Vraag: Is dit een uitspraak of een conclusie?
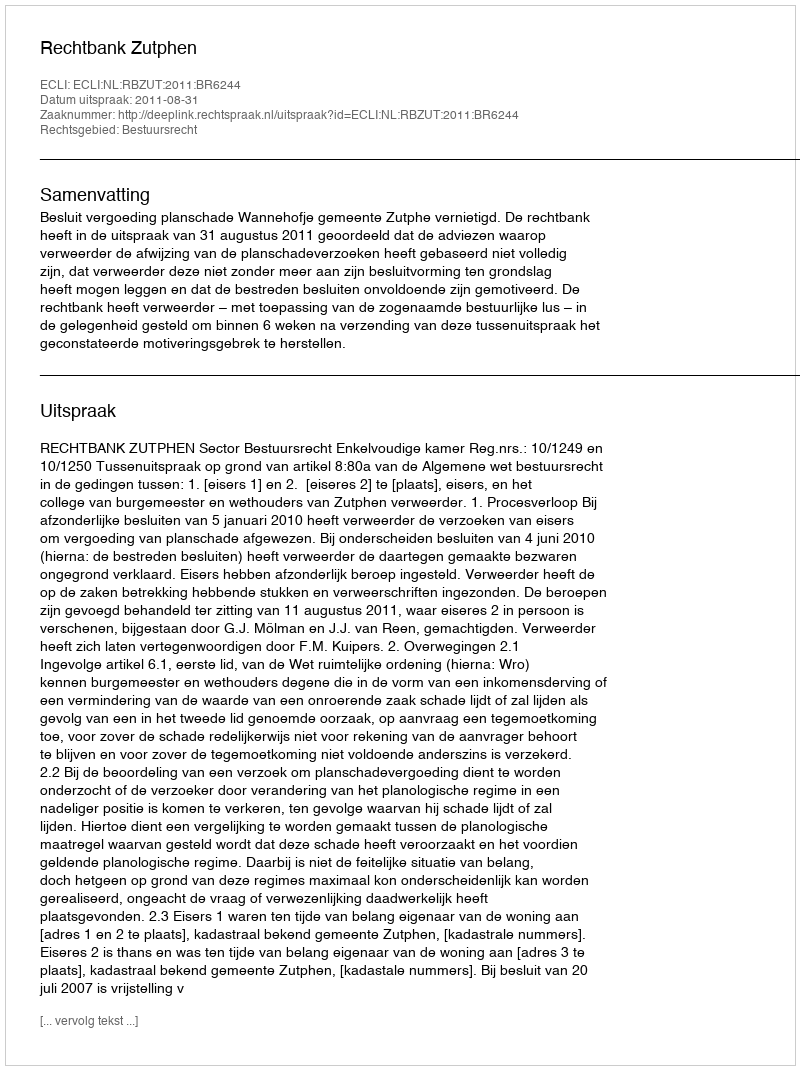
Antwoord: Uitspraak